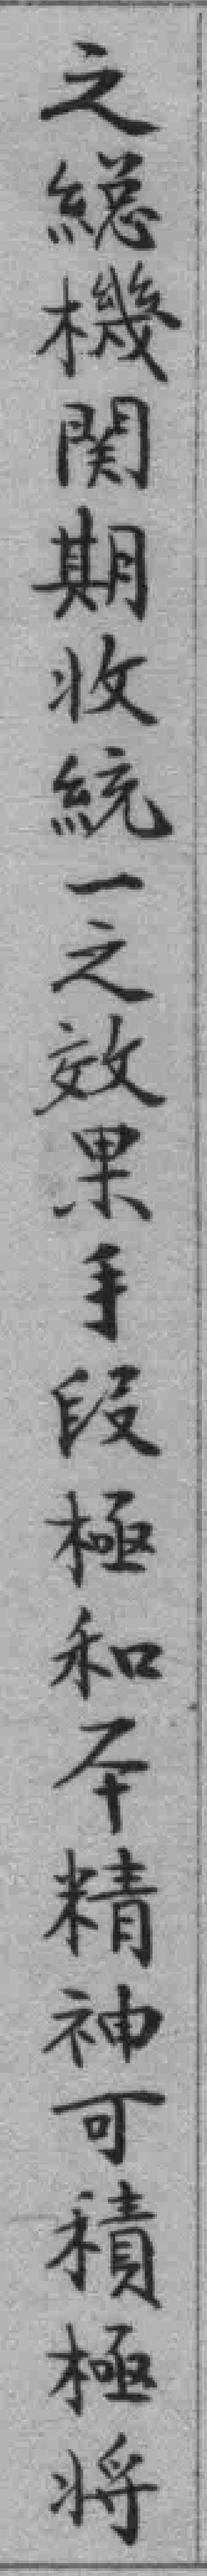
之縂機関期收統一之效果手段極和本精神可積極將